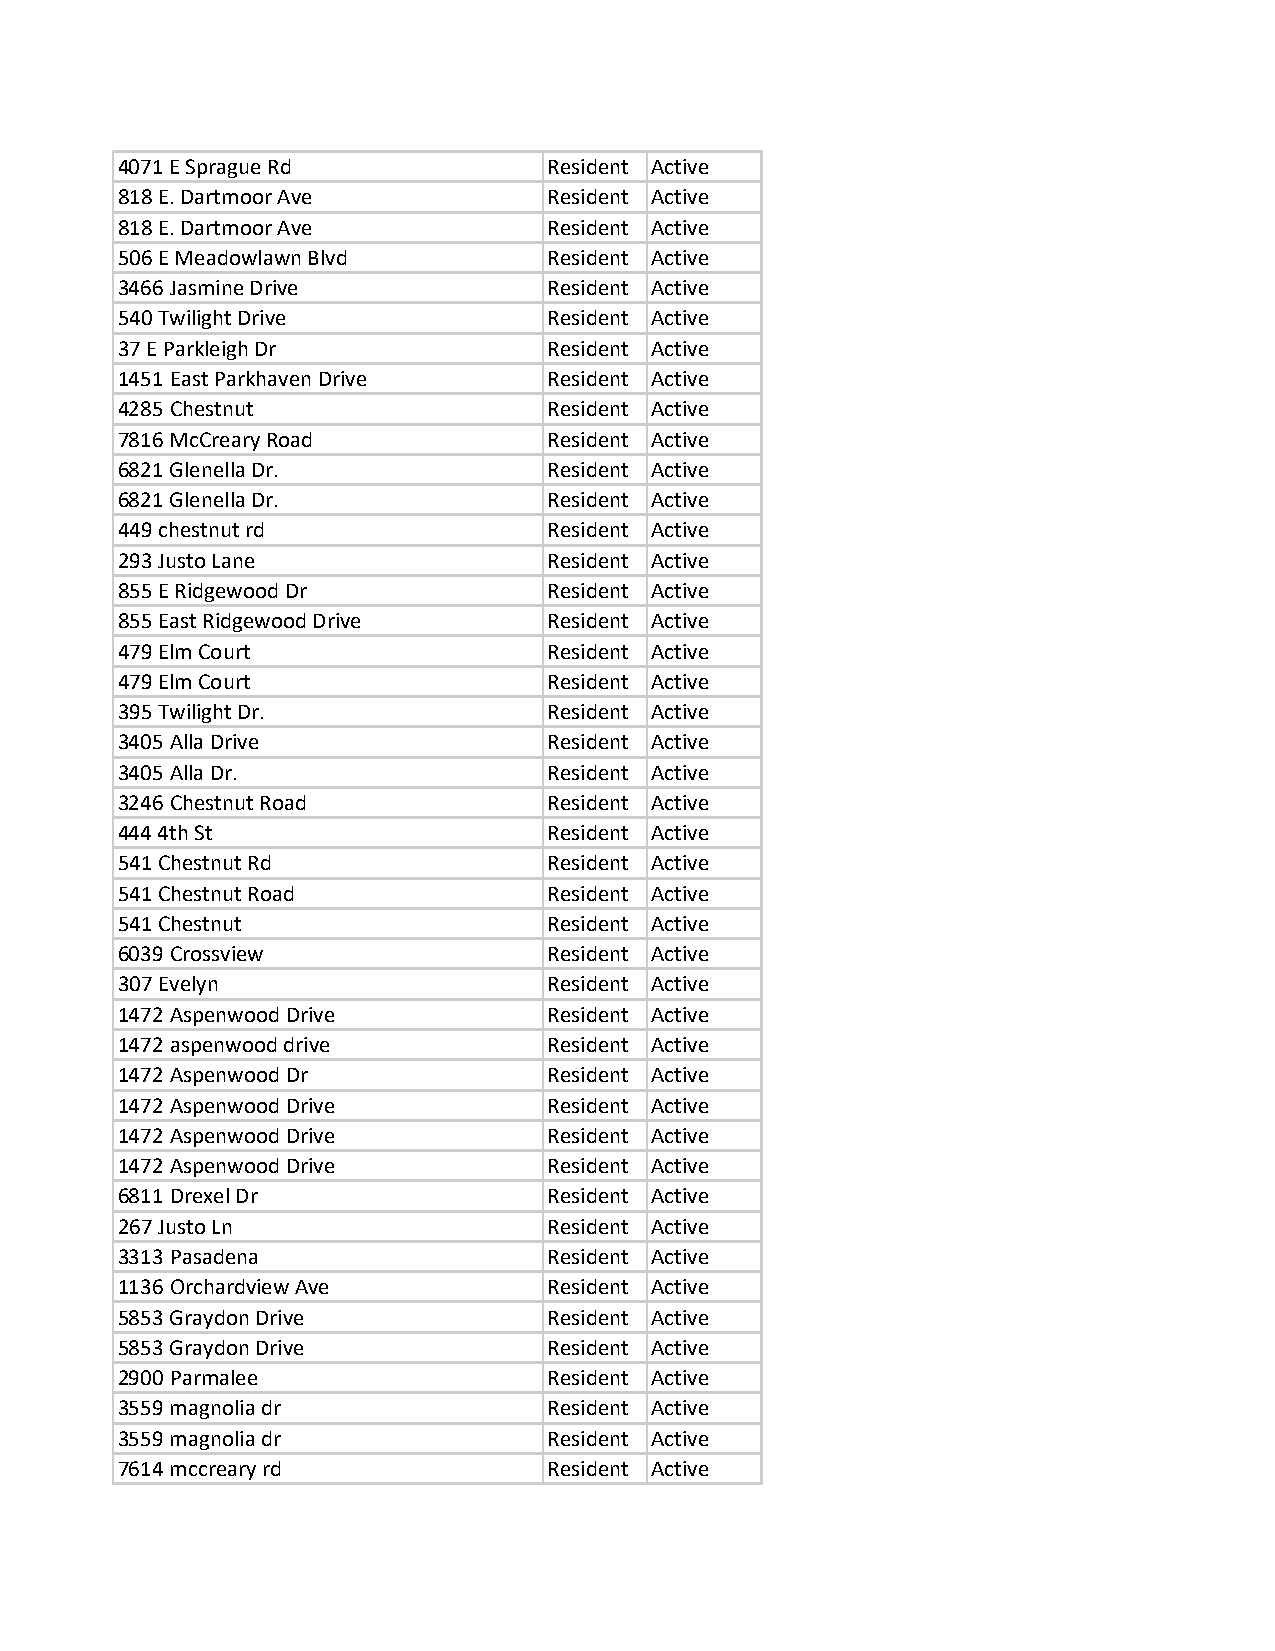
4071 E Sprague Rd           Resident Active
 818 E. Dartmoor Ave         Resident Active
 818 E. Dartmoor Ave         Resident Active
 506 E Meadowlawn Blvd       Resident Active
 3466 Jasmine Drive          Resident Active
 540 Twilight Drive          Resident Active
 37 E Parkleigh Dr           Resident Active
 1451 East Parkhaven Drive   Resident Active
 4285 Chestnut               Resident Active
 7816 McCreary Road          Resident Active
 6821 Glenella Dr.           Resident Active
 6821 Glenella Dr.           Resident Active
 449 chestnut rd             Resident Active
 293 Justo Lane              Resident Active
 855 E Ridgewood Dr          Resident Active
 855 East Ridgewood Drive    Resident Active
 479 Elm Court               Resident Active
 479 Elm Court               Resident Active
 395 Twilight Dr.            Resident Active
 3405 Alla Drive             Resident Active
 3405 Alla Dr.               Resident Active
 3246 Chestnut Road          Resident Active
 444 4th St                  Resident Active
 541 Chestnut Rd             Resident Active
 541 Chestnut Road           Resident Active
 541 Chestnut                Resident Active
 6039 Crossview              Resident Active
 307 Evelyn                  Resident Active
 1472 Aspenwood Drive        Resident Active
 1472 aspenwood drive        Resident Active
 1472 Aspenwood Dr           Resident Active
 1472 Aspenwood Drive        Resident Active
 1472 Aspenwood Drive        Resident Active
 1472 Aspenwood Drive        Resident Active
 6811 Drexel Dr              Resident Active
 267 Justo Ln                Resident Active
 3313 Pasadena               Resident Active
 1136 Orchardview Ave        Resident Active
 5853 Graydon Drive          Resident Active
 5853 Graydon Drive          Resident Active
 2900 Parmalee               Resident Active
 3559 magnolia dr            Resident Active
 3559 magnolia dr            Resident Active
 7614 mccreary rd            Resident Active